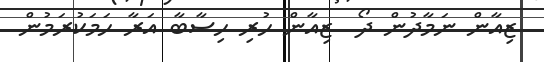
ޒިއާން ނަމާދުން ދޯ  ޒިއާން ހުރި ހިސާބާ އަރާ ހަމަކުރަމުން